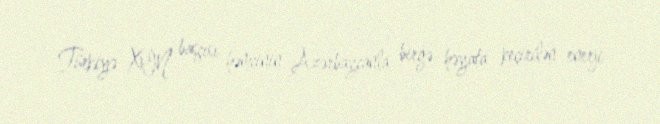
Türkiyə XİN başçısı həmçinin Azərbaycanla birgə həyata keçirilən enerji